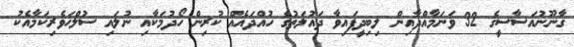
ގާނޫނުއަސާސީގެ 32 ވަނަމާއްދާއިން ލިބިދީފައިވާ ދައުލަތުގެ ހުއްދައެއް ކުރިން ހޯދުމަކާއި ނުލައި ސުލްހަވެރިކަމާއެކު